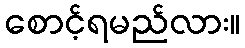
စောင့်ရမည်လား။